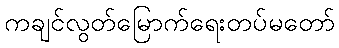
ကချင်လွတ်မြောက်ရေးတပ်မတော်